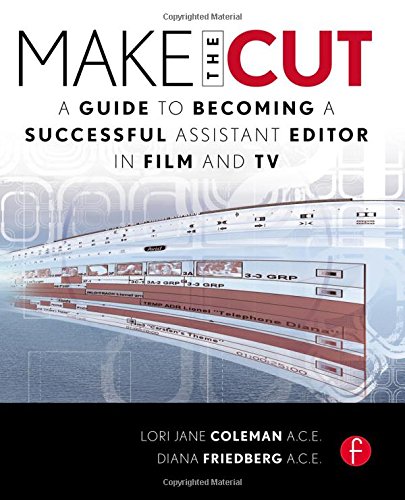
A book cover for Make the Cut: A Guide to Becoming a Successful Assistant Editor in Film and TV; Lori Coleman; Humor & Entertainment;